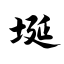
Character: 埏